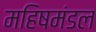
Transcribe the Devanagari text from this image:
महिषमंडल